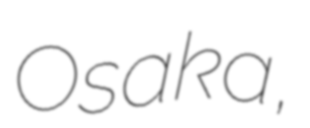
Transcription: Osaka,